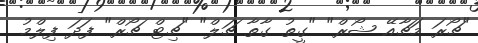
"ޗޯރަ މަޗާއޭ ޝޯރް" "ގީތު ގާތާ ޗަލް" "ޗިޓް ޗޯރް" ފަދަ ފިލްމު